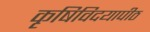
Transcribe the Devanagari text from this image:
कृषिविदयापीठ